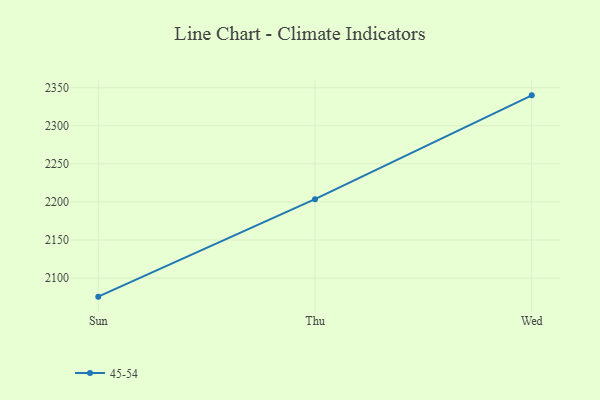
{"axis": {"x": "Day", "y": "Backlog"}, "legend": ["45-54"], "data": [{"x": "Sun", "y": 2075.6, "type": "45-54"}, {"x": "Thu", "y": 2203.6, "type": "45-54"}, {"x": "Wed", "y": 2340.0, "type": "45-54"}]}